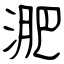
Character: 淝